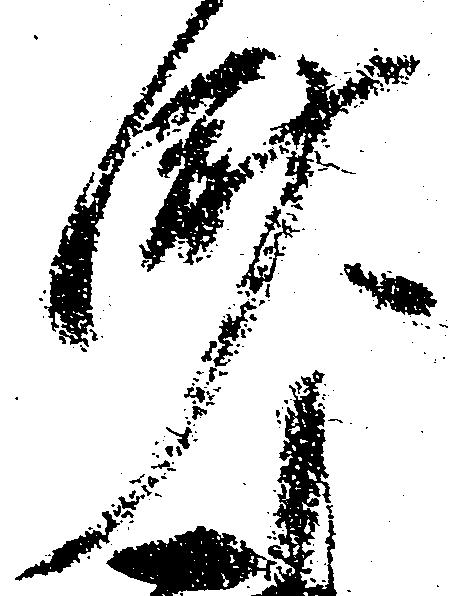
済